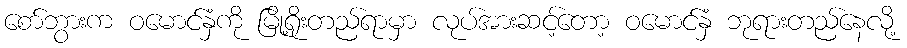
စော်ဘွားက ဝမောင်နှံကို မြို့ရိုးတည်ရာမှာ လုပ်အားဆင့်တော့ ဝမောင်နှံ ဘုရားတည်နေလို့